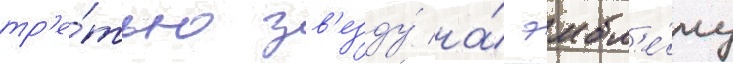
тр'е́тью зв'езду́ на́ эмбл'е́му